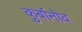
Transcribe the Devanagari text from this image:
कुर्बानोव